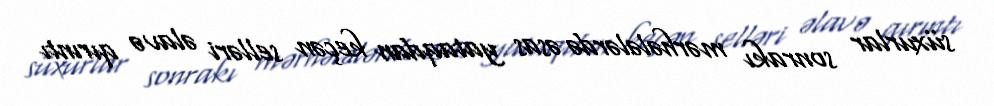
süxurlar sonrakı mərhələlərdə əsas yataqdan keçən selləri əlavə qırıntı